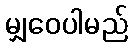
မျှဝေပါမည်